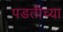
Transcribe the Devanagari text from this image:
पडतीच्या